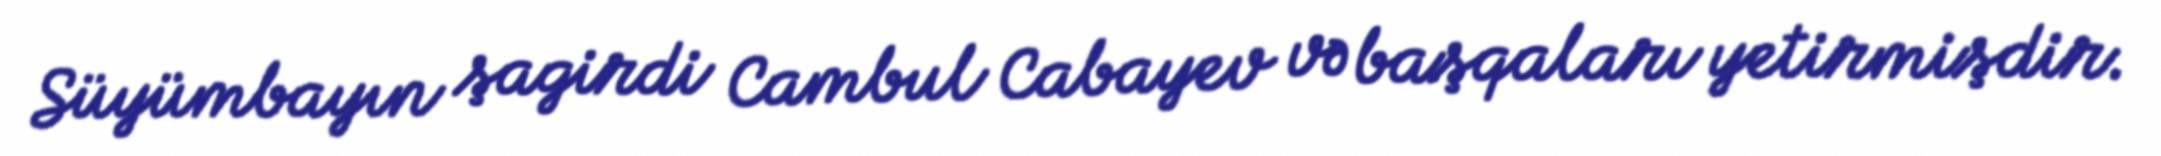
Süyümbayın şagirdi Cambul Cabayev və başqaları yetirmişdir.